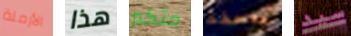
الأرملة هذا متكبر ملاحقة سيد